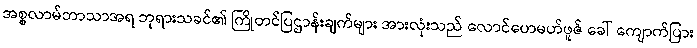
အစ္စလာမ်ဘာသာအရ ဘုရားသခင်၏ ကြိုတင်ပြဌာန်းချက်များ အားလုံးသည် လောင်ဟေမဟ်ဖူဇ် ခေါ် ကျောက်ပြား